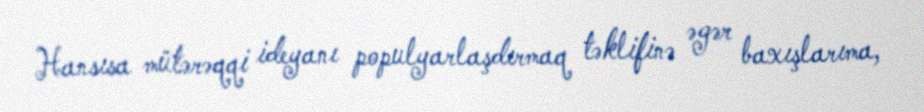
Hansısa mütərəqqi ideyanı populyarlaşdırmaq təklifinə əgər baxışlarıma,